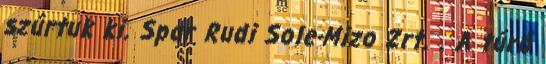
szúrtuk ki. Spar Rudi Sole-Mizo Zrt. . A túró